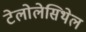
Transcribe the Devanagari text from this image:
टेलोलेसिथेल